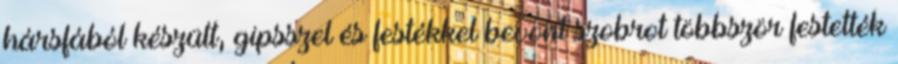
hársfából készült, gipsszel és festékkel bevont szobrot többször festették